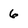
Character: 6